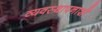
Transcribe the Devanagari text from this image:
व्यवस्थापनाशी